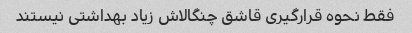
فقط نحوه قرارگیری قاشق چنگالاش زیاد بهداشتی نیستند